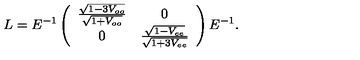
L = E ^ { - 1 } \left( \begin{array} { c c } { \frac { \sqrt { 1 - 3 V _ { o o } } } { \sqrt { 1 + V _ { o o } } } } & { 0 } \\ { 0 } & { \frac { \sqrt { 1 - V _ { e e } } } { \sqrt { 1 + 3 V _ { e e } } } } \\ \end{array} \right) E ^ { - 1 } .